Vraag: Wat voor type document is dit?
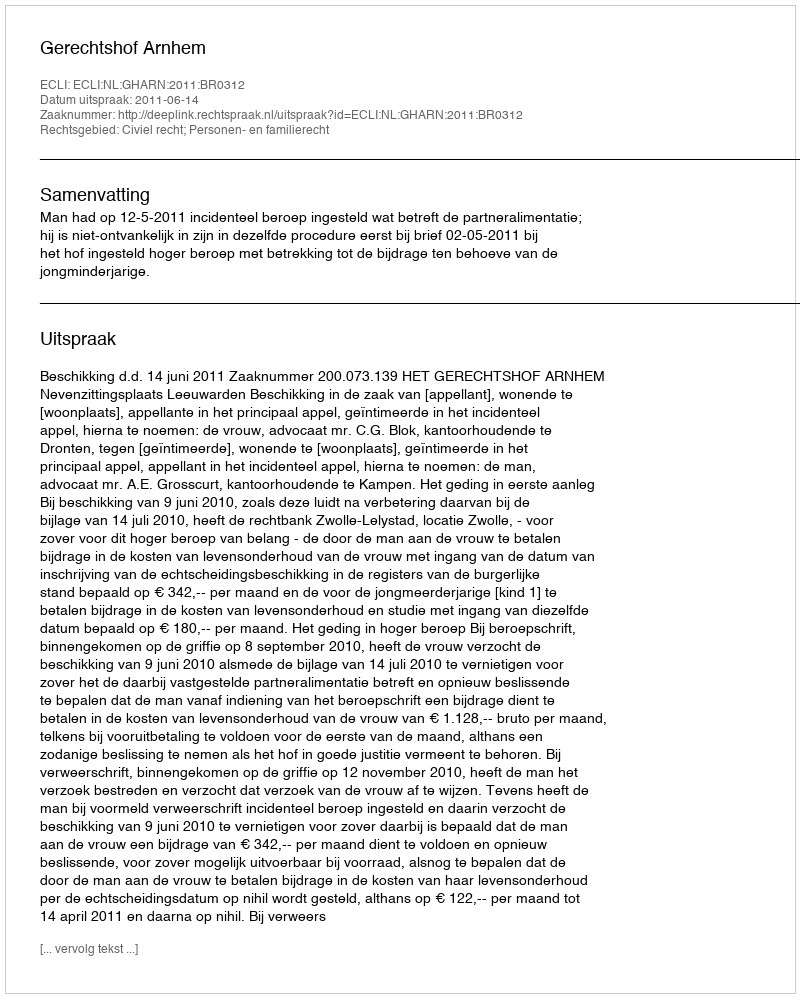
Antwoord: Uitspraak